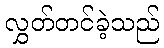
လွှတ်တင်ခဲ့သည်